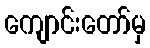
ကျောင်းတော်မှ